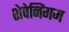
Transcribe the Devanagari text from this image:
शेवेनिंगम